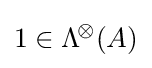
1\in \mathrm {\Lambda } ^{\!\otimes }\!\left({A}\right)